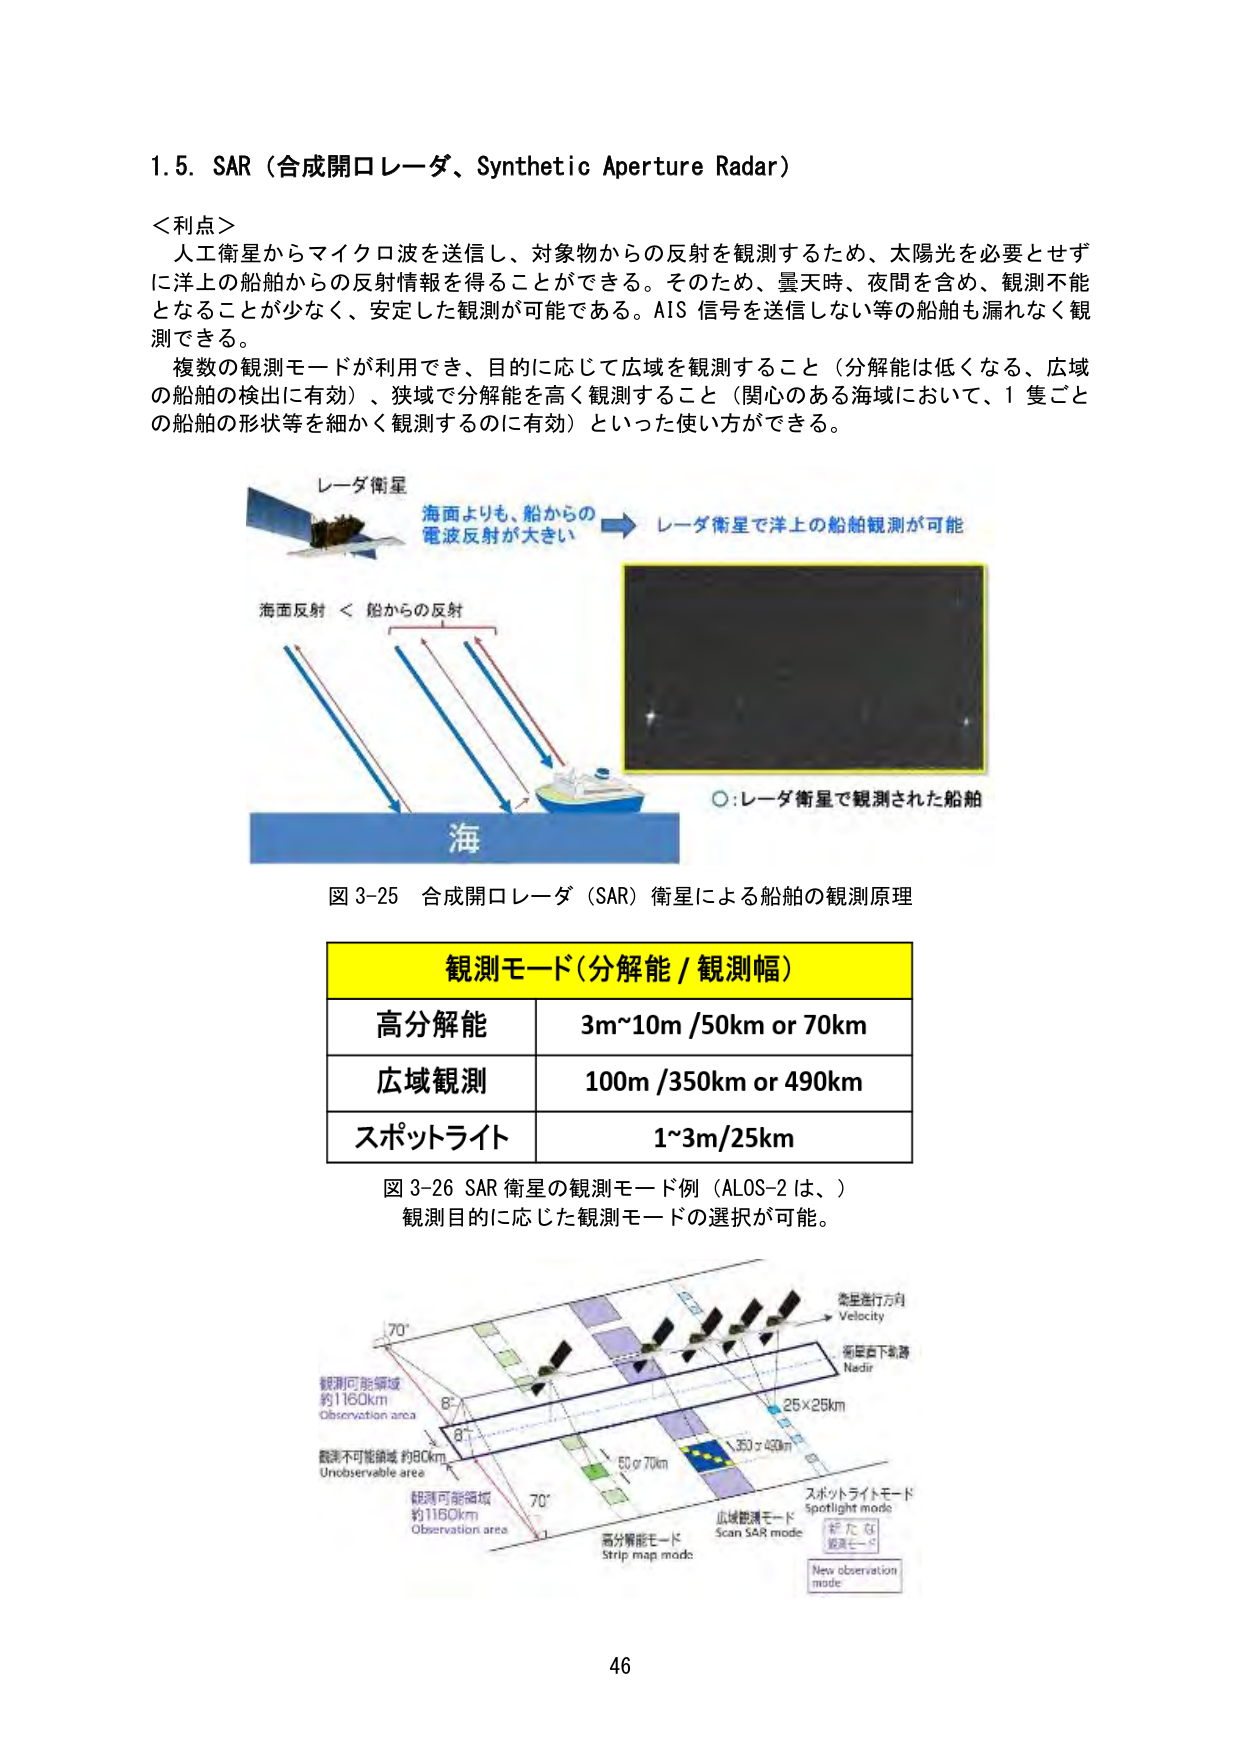
1.5. SAR（合成開口レーダ、Synthetic Aperture Radar）

＜利点＞
人工衛星からマイクロ波を送信し、対象物からの反射を観測するため、太陽光を必要とせずに洋上の船舶からの反射情報を得ることができる。そのため、曇天時、夜間を含め、観測不能となることが少なく、安定した観測が可能である。AIS 信号を送信しない等の船舶も漏れなく観測できる。
複数の観測モードが利用でき、目的に応じて広域を観測すること（分解能は低くなる、広域の船舶の検出に有効）、狭域で分解能を高く観測すること（関心のある海域において、1隻ごとの船舶の形状等を細かく観測するのに有効）といった使い方ができる。

レーダ衛星
海面よりも、船からの電波反射が大きい
レーダ衛星で洋上の船舶観測が可能
海面反射 ＜ 船からの反射
海
○：レーダ衛星で観測された船舶

図3-25 合成開口レーダ（SAR）衛星による船舶の観測原理

観測モード（分解能 / 観測幅）
高分解能 3m~10m /50km or 70km
広域観測 100m /350km or 490km
スポットライト 1~3m/25km

図3-26 SAR衛星の観測モード例（ALOS-2は、）
観測目的に応じた観測モードの選択が可能。

衛星進行方向
Velocity
衛星直下軌跡
Nadir
70°
観測可能領域
約1160km
Observation area
観測不可能領域 約80km
Unobservable area
観測可能領域
約1160km
Observation area
70°
50 or 70km
25×25km
350 or 490km
スポットライトモード
Spotlight mode
高分解能モード
Strip map mode
広域観測モード
Scan SAR mode
新たな
観測モード
New observation
mode

46